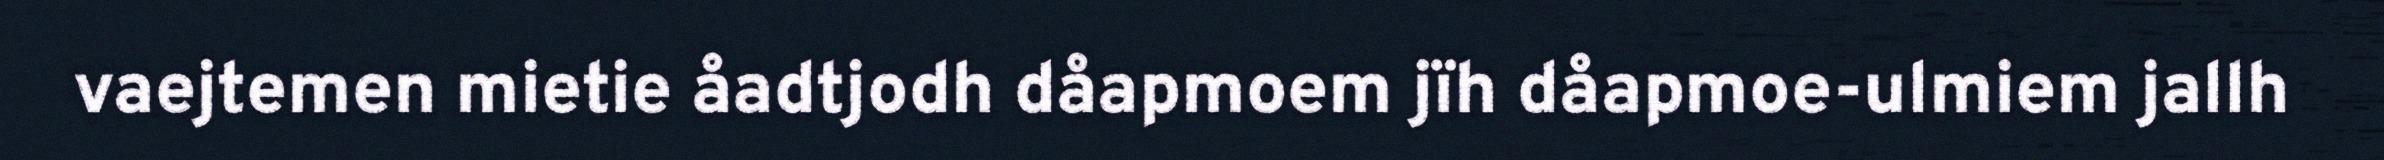
vaejtemen mietie åadtjodh dåapmoem jïh dåapmoe-ulmiem jallh